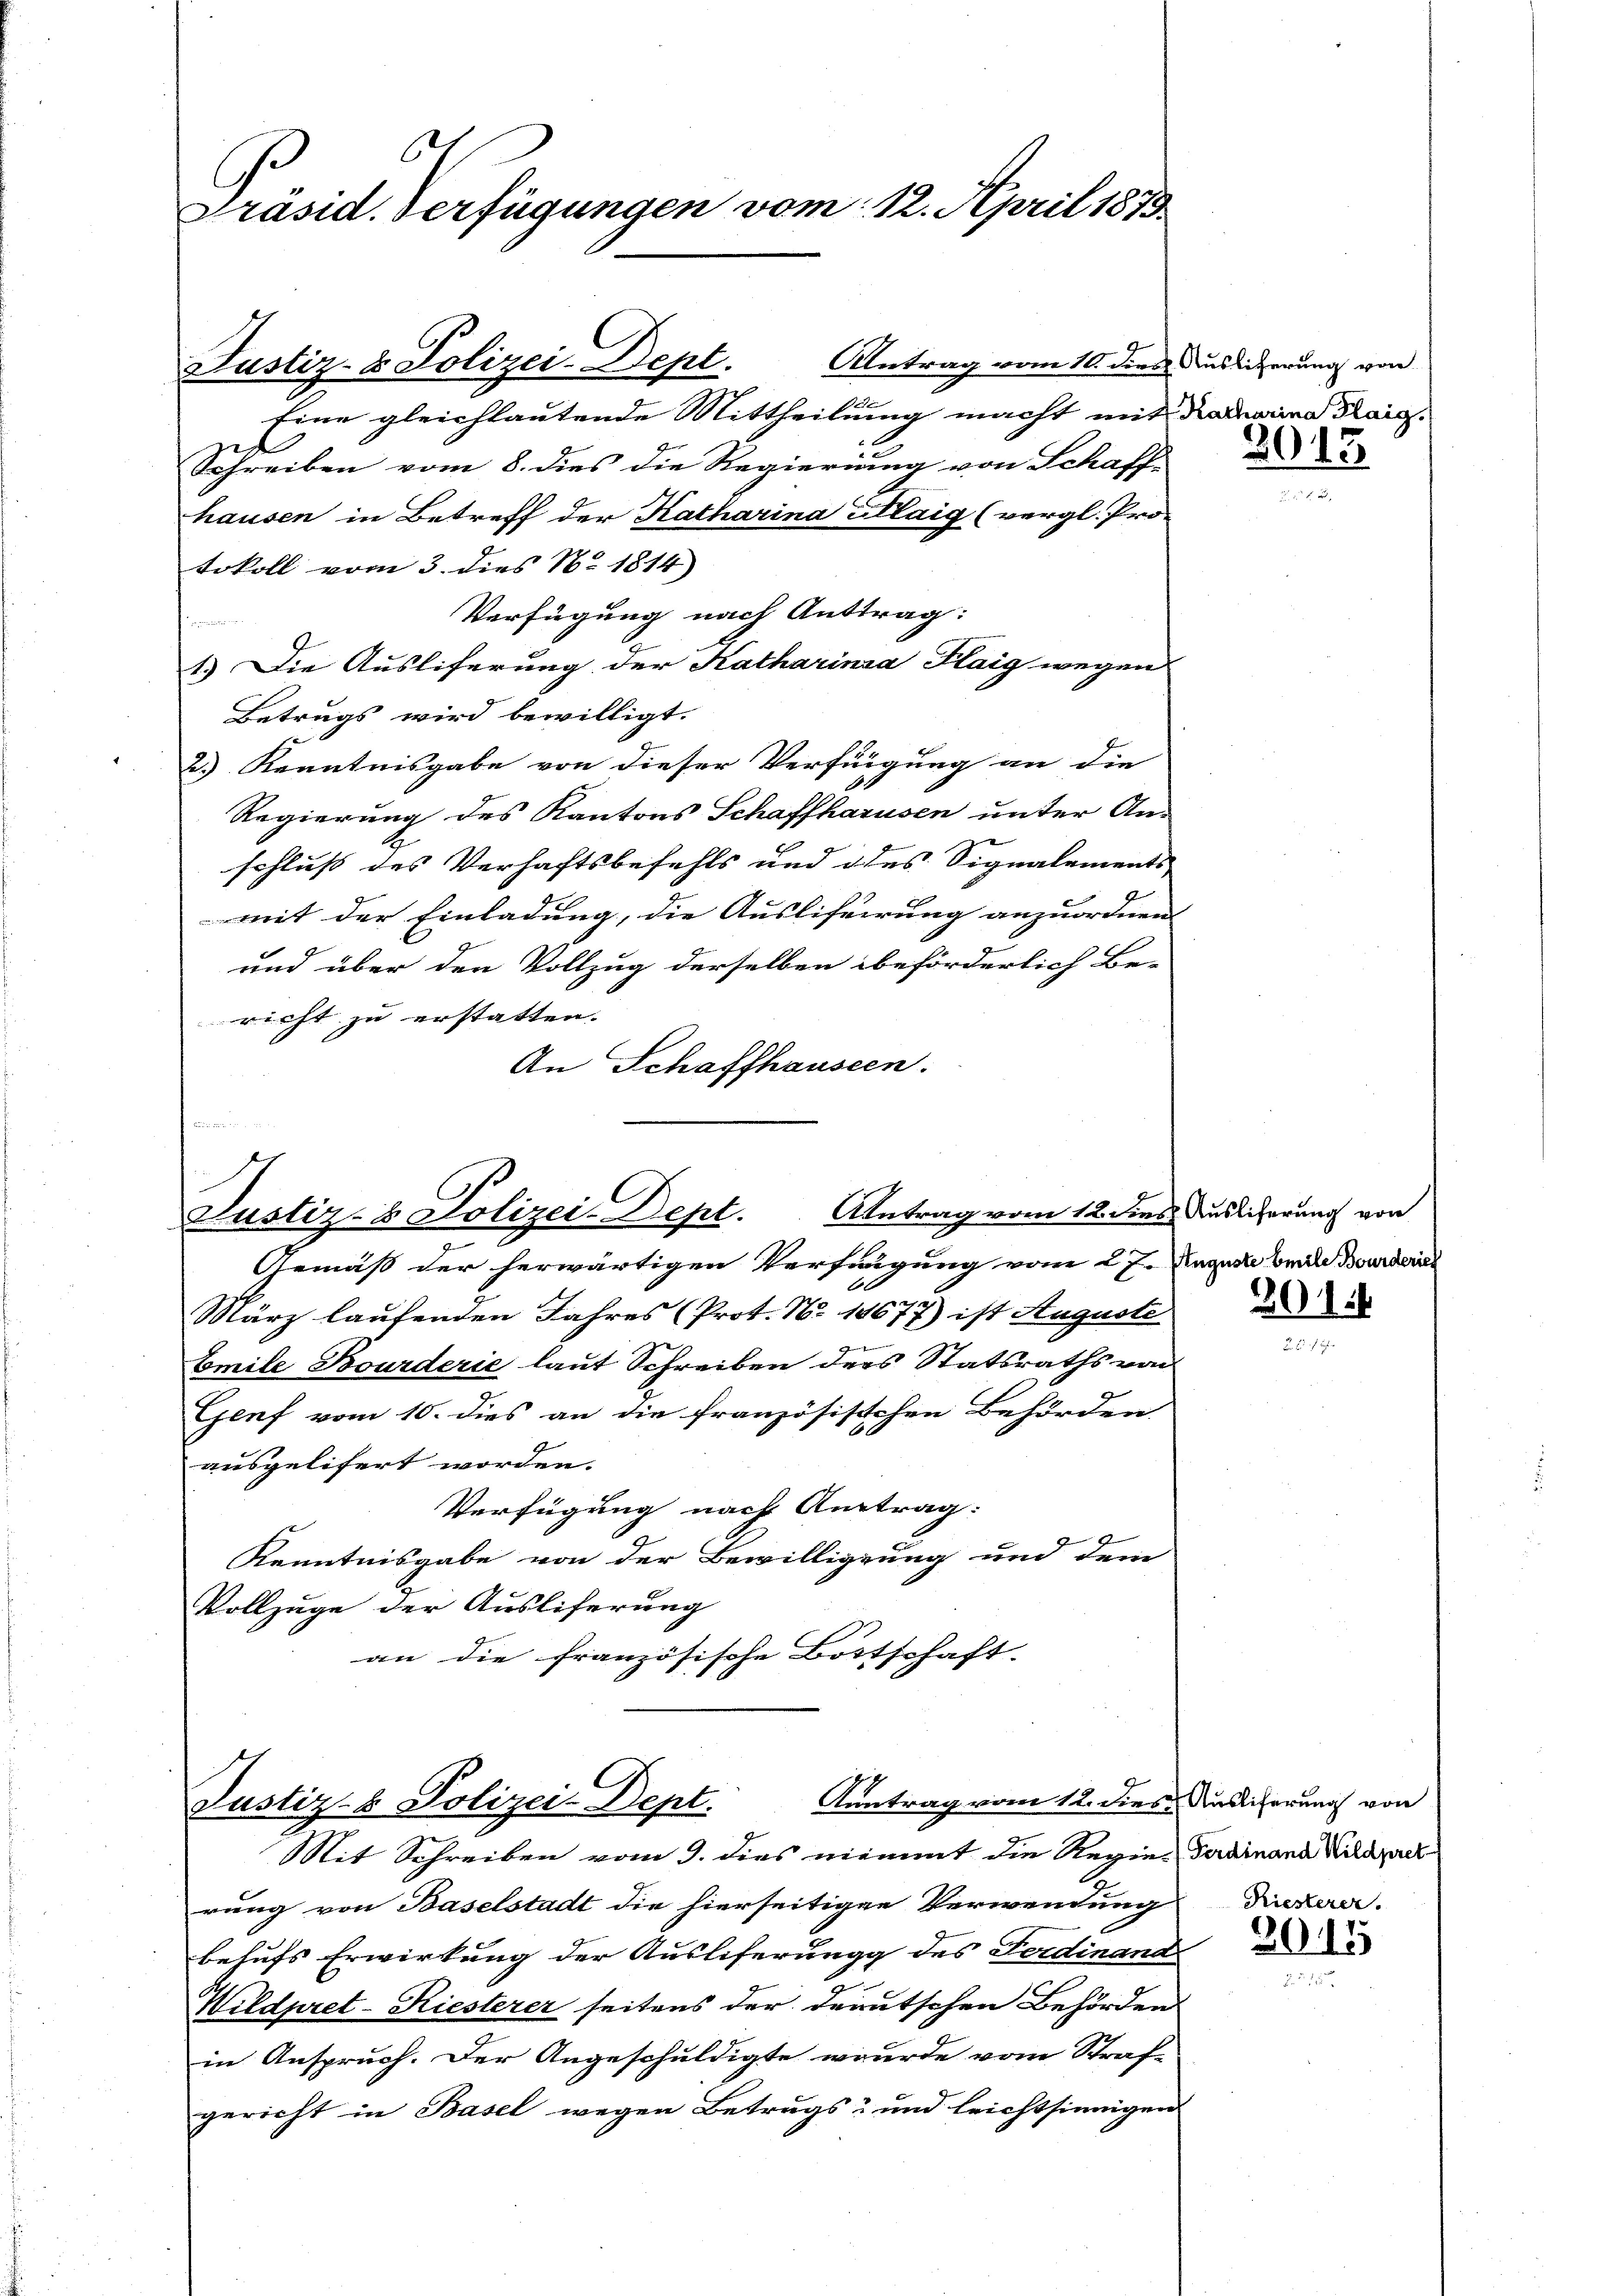
.
Präsid. Verfügungen vom 12. April 1873

Justiz- & Polizei-Dept. Antrag vom 10. dies Auslicherung von
d

tokoll vom 3. dies No 1814)

Eine gleichlautende Mittheilung macht mit Ramarina Krais.
Schreiben vom 8. dies die Regierung von Schaff-
hausen in Betreff der Katharina illaig (vergl. Pro-
Verfügung nach Anttrag:
1.) Die Ausliferung der Katharinia Flaig wegen
Betrugs wird bewilligt.
2.) Kenntnisgabe von dieser Verfügung an die
Regierung des Kantons Schaffhausen unter An-
schluss des Verhaftsbefehls und des Signalements
mit der Einladung, die Auslifeirung anzuordnen. |
und über den Vollzug derselben beförderlich Be-
richt zu erstatten.
An Schaffhauseen.

C
Justiz- & Polizei-Dept. Antrag vom 12. dies Auslicherung von

C
Aantrag vom 12. dies Ausliferung von
Justiz- & Polizei-Dept.
Mit Schreiben vom 9. dies niemmt die Regier Ferdinand Wildsach

Gemäß der herwärtigen Verfügung vom 27. Januar brau Bunderen
März laufenden Jahres (Prot. N. 18677) ist Auguste
Emile Bourderie laut Schreiben ders Statsraths von
Genf vom 10. dies an die französischen Behörden
ausgelifert worden.
Verfügung nach Antrag:
Kenntnisgabe von der Bewilligung und dem
Vollzüge der Ausliferung
an die französische Bottschaft-

rung von Baselstadt die hierseitigen Verwendung
behufs Erwirkung der Ausliferung des Ferdinand
Wildpret-Kiesterer seitens der deutschen Behörden
in Anspruch. Der Angeschuldigte wurde vom Straf-
gericht in Basel wegen Betrugs- und leichtsinnigen

3013

2014

Riesterer.
3015